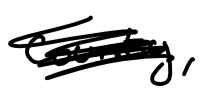
Text: county,
Cross-out: scratch
Writing tool: digital_black